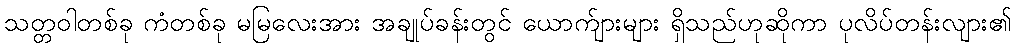
သတ္တဝါတစ်ခု ကံတစ်ခု မမြလေးအား အချုပ်ခန်းတွင် ယောက်ျားများ ရှိသည်ဟုဆိုကာ ပုလိပ်တန်းလျား၏